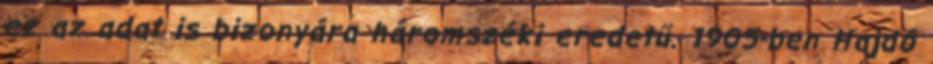
ez az adat is bizonyára háromszéki eredetű. 1905-ben Hajdó